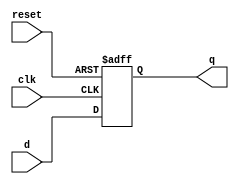
module flip_flop (
    input wire clk,
    input wire reset,
    input wire d,
    output reg q
);

    always @(posedge clk or posedge reset) begin
        if (reset) begin
            q <= 1'b0;
        end else begin
            q <= d;
        end
    end

endmodule